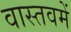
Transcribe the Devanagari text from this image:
वास्तवमें